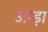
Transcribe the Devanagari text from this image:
उप्रड़ा